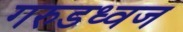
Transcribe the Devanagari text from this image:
गरुडध्वज